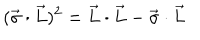
( \vec { \sigma } \cdot \vec { L } ) ^ { 2 } = \vec { L } \cdot \vec { L } - \vec { \sigma } \cdot \vec { L }